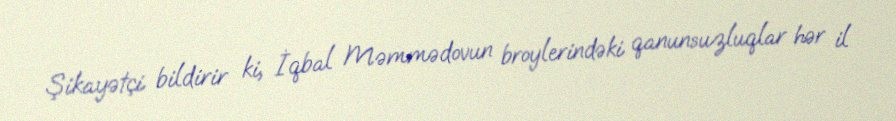
Şikayətçi bildirir ki, İqbal Məmmədovun broylerindəki qanunsuzluqlar hər il